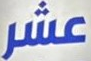
عشر